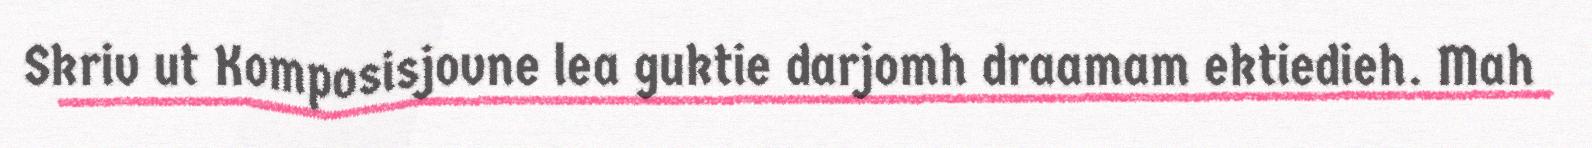
Skriv ut Komposisjovne lea guktie darjomh draamam ektiedieh. Mah